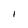
Character: 1